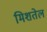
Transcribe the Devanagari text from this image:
मिशतेल